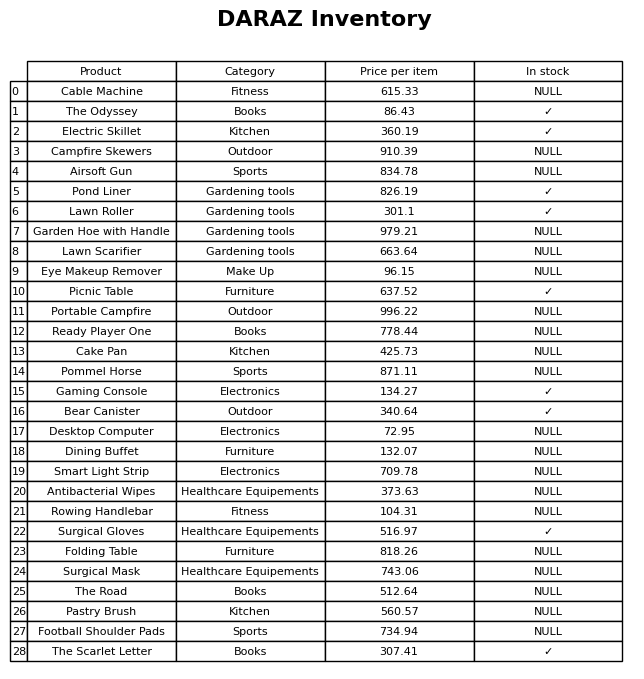
question: What is the price for Smart Light Strip?
answer: The price of Smart Light Strip is 709.78.